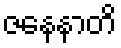
ဇနေနာတိ